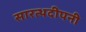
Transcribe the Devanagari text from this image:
सारत्थदीपनी